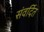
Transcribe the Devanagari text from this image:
संवर्दित